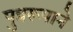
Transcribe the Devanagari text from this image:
पुत्ररूपाने